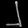
Digit: ၂